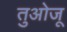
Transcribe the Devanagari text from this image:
तुओजू